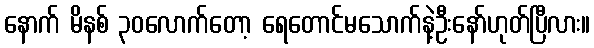
နောက် မိနစ် ၃၀လောက်တော့ ရေတောင်မသောက်နဲ့ဦးနော်ဟုတ်ပြီလား။